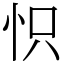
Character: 怾